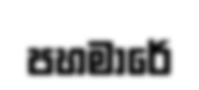
පහමාරේ